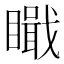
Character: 𥊬